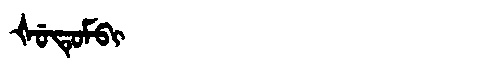
Manchu: ᡧᡠᡨᡠᠮᠪᡳ
Romanization: ŠUTUMBI